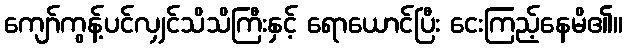
ကျော်ကွန့်ပင်လျှင်သိသိကြီးနှင့် ရောယောင်ပြီး ငေးကြည့်နေမိ၏။